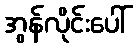
အွန်လိုင်းပေါ်